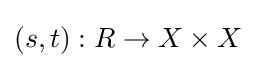
(s,t):R\to X\times X